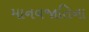
માનવજાતિના